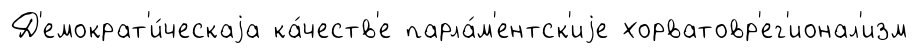
Д'емократ'и́ческаjа ка́честв'е парла́м'ентск'иjе хорватовр'ег'ионал'изм